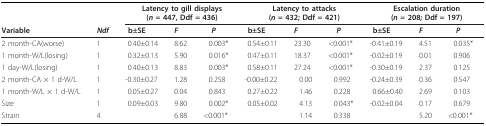
<table><thead><tr><td></td><td></td><td colspan="3"><b>Latency to gill displays (<i>n </i>= 447, Ddf = 436)</b></td><td colspan="3"><b>Latency to attacks (<i>n </i>= 432; Ddf = 421)</b></td><td colspan="3"><b>Escalation duration (<i>n </i>= 208; Ddf = 197)</b></td></tr><tr><td><b>Variable</b></td><td><b><i>Ndf</i></b></td><td><b>b±SE</b></td><td><b><i>F</i></b></td><td><b><i>P </i></b></td><td><b>b±SE</b></td><td><b><i>F</i></b></td><td><b><i>P</i></b></td><td><b>b±SE</b></td><td><b><i>F</i></b></td><td><b><i>P</i></b></td></tr></thead><tbody><tr><td>2 month-CA(worse)</td><td>1</td><td> 0.40±0.14</td><td>8.62</td><td>0.003*</td><td> 0.54±0.11</td><td>23.30</td><td>&lt;0.001*</td><td>-0.41±0.19</td><td>4.51</td><td>0.035*</td></tr><tr><td>1 month-W/L(losing)</td><td>1</td><td> 0.32±0.13</td><td>5.90</td><td>0.016*</td><td> 0.47±0.11</td><td>18.37</td><td>&lt;0.001*</td><td>-0.02±0.19</td><td>0.01</td><td>0.906</td></tr><tr><td>1 day-W/L(losing)</td><td>1</td><td> 0.40±0.13</td><td>8.83</td><td>0.003*</td><td> 0.58±0.11</td><td>27.24</td><td>&lt;0.001*</td><td>-0.30±0.19</td><td>2.37</td><td>0.125</td></tr><tr><td>2 month-CA × 1 d-W/L</td><td>1</td><td>-0.30±0.27</td><td>1.28</td><td>0.258</td><td>-0.00±0.22</td><td>0.00</td><td>0.992</td><td>-0.24±0.39</td><td>0.36</td><td>0.547</td></tr><tr><td>1 month-W/L × 1 d-W/L</td><td>1</td><td> 0.05±0.27</td><td>0.04</td><td>0.843</td><td> 0.27±0.22</td><td>1.46</td><td>0.228</td><td> 0.66±0.40</td><td>2.69</td><td>0.103</td></tr><tr><td>Size</td><td>1</td><td> 0.09±0.03</td><td>9.80</td><td>0.002*</td><td> 0.05±0.02</td><td>4.13</td><td>0.043*</td><td>-0.02±0.04</td><td>0.17</td><td>0.679</td></tr><tr><td>Strain</td><td>4</td><td></td><td>6.88</td><td>&lt;0.001*</td><td></td><td>1.14</td><td>0.338</td><td></td><td>5.20</td><td>&lt;0.001*</td></tr></tbody></table>